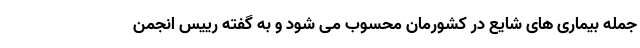
جمله بیماری های شایع در کشورمان محسوب می شود و به گفته رییس انجمن